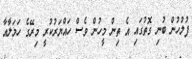
ފުލުހުން ބުނި ގޮތުގައި އެ ތިން މީހުން ވެސް ހައްޔަރުކުރީ މިރޭގެ ހަމަލާއާ